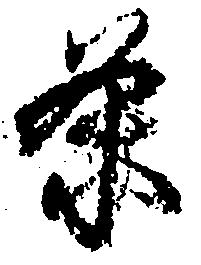
条